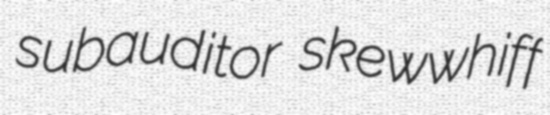
subauditor skewwhiff